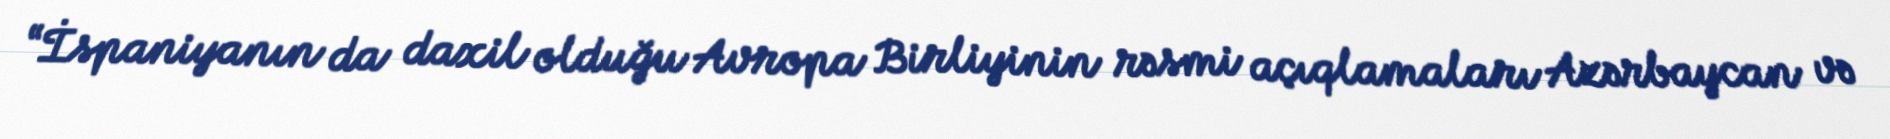
“İspaniyanın da daxil olduğu Avropa Birliyinin rəsmi açıqlamaları Azərbaycan və